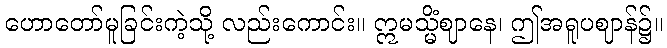
ဟောတော်မူခြင်းကဲ့သို့ လည်းကောင်း။ ဣမသ္မိံဈာနေ၊ ဤအရူပဈာန်၌။